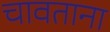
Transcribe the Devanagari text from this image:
चावताना